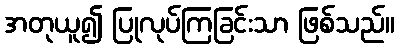
အတုယူ၍ ပြုလုပ်ကြခြင်းသာ ဖြစ်သည်။